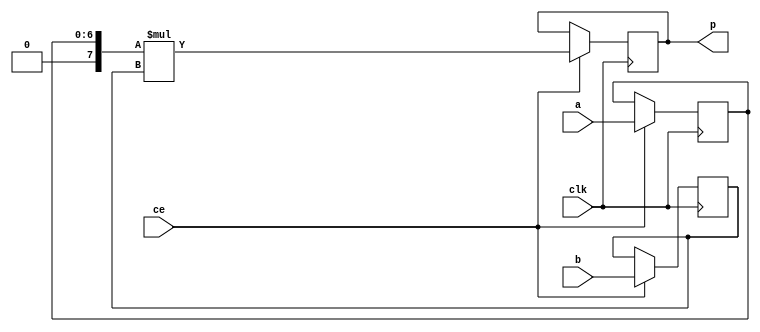
module feedforward_mul_7ns_32s_39_3_Mul3S_1(clk, ce, a, b, p);
input clk;
input ce;
input[7 - 1 : 0] a; // synthesis attribute keep a "true"
input[32 - 1 : 0] b; // synthesis attribute keep b "true"
output[39 - 1 : 0] p;

reg [7 - 1 : 0] a_reg0;
reg signed [32 - 1 : 0] b_reg0;
wire signed [39 - 1 : 0] tmp_product;
reg signed [39 - 1 : 0] buff0;

assign p = buff0;
assign tmp_product = $signed({1'b0, a_reg0}) * b_reg0;
always @ (posedge clk) begin
    if (ce) begin
        a_reg0 <= a;
        b_reg0 <= b;
        buff0 <= tmp_product;
    end
end
endmodule